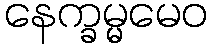
နေက္ခမ္မမေဝ